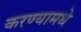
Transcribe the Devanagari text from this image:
करण्यामधे